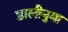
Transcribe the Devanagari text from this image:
डालीनुमा